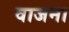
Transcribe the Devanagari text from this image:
वाजना